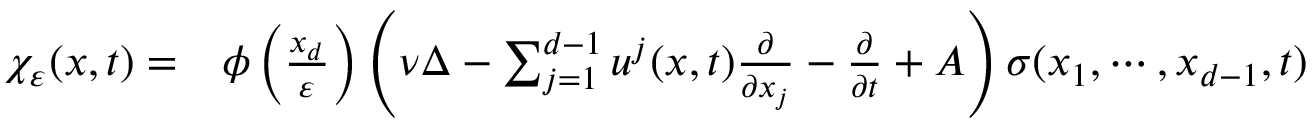
\begin{array} { r l } { \chi _ { \varepsilon } ( x , t ) = } & { { } \phi \left( \frac { x _ { d } } { \varepsilon } \right) \left( \nu \Delta - \sum _ { j = 1 } ^ { d - 1 } u ^ { j } ( x , t ) \frac { \partial } { \partial x _ { j } } - \frac { \partial } { \partial t } + A \right) \sigma ( x _ { 1 } , \cdots , x _ { d - 1 } , t ) } \end{array}